Indian journal of veterinary science and animal husbandry - Volumes 24-25, 1954-1955
Year: 1954
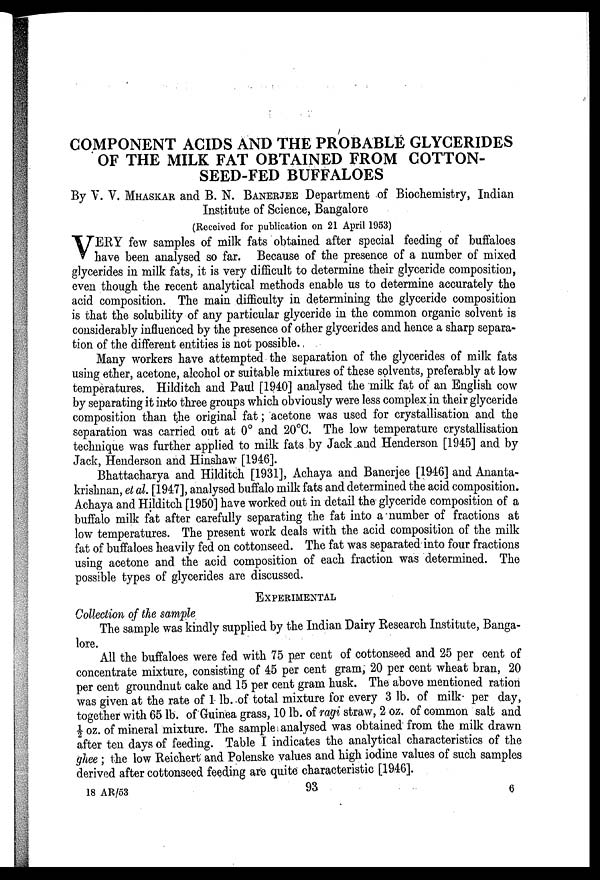
COMPONENT ACIDS AND THE PROBABLE GLYCERIDES
OF THE MILK FAT OBTAINED FROM COTTON-
SEED-FED BUFFALOES
By V. V. MHASKAR and B. N. BANERJEE Department of Biochemistry, Indian
Institute of Science, Bangalore
(Received for publication on 21 April 1953)
V ERY few samples of milk fats obtained after special feeding of buffaloes
have been analysed so far. Because of the presence of a number of mixed
glycerides in milk fats, it is very difficult to determine their glyceride composition,
even though the recent analytical methods enable us to determine accurately the
acid composition. The main difficulty in determining the glyceride composition
is that the solubility of any particular glyceride in the common organic solvent is
considerably influenced by the presence of other glycerides and hence a sharp separa-
tion of the different entities is not possible.
Many workers have attempted the separation of the glycerides of milk fats
using ether, acetone, alcohol or suitable mixtures of these solvents, preferably at low
temperatures. Hilditch and Paul [1940] analysed the milk fat of an English cow
by separating it into three groups which obviously were less complex in their glyceride
composition than the original fat; acetone was used for crystallisation and the
separation was carried out at 0° and 20°C. The low temperature crystallisation
technique was further applied to milk fats by Jack and Henderson [1945] and by
Jack, Henderson and Hinshaw [1946].
Bhattacharya and Hilditch [1931], Achaya and Banerjee [1946] and Ananta-
krishnan, et al. [1947], analysed buffalo milk fats and determined the acid composition.
Achaya and Hilditch [1950] have worked out in detail the glyceride composition of a
buffalo milk fat after carefully separating the fat into a number of fractions at
low temperatures. The present work deals with the acid composition of the milk
fat of buffaloes heavily fed on cottonseed. The fat was separated into four fractions
using acetone and the acid composition of each fraction was determined. The
possible types of glycerides are discussed.
EXPERIMENTAL
Collection of the sample
The sample was kindly supplied by the Indian Dairy Research Institute, Banga-
lore.
All the buffaloes were fed with 75 per cent of cottonseed and 25 per cent of
concentrate mixture, consisting of 45 per cent gram, 20 per cent wheat bran, 20
per cent groundnut cake and 15 per cent gram husk. The above mentioned ration
was given at the rate of 1 lb. of total mixture for every 3 lb. of milk per day,
together with 65 lb. of Guinea grass, 10 lb. of ragi straw, 2 oz. of common salt and
½ oz. of mineral mixture. The sample analysed was obtained from the milk drawn
after ten days of feeding. Table I indicates the analytical characteristics of the
ghee; the low Reichert and Polenske values and high iodine values of such samples
derived after cottonseed feeding are quite characteristic [1946].
18 AR/53
93
6